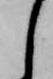
し